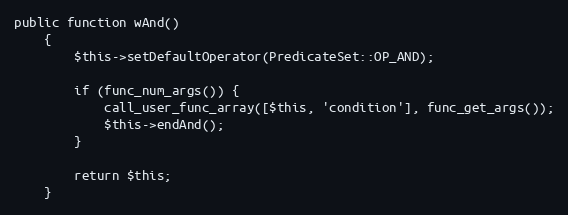
Language: PHP
public function wAnd()
    {
        $this->setDefaultOperator(PredicateSet::OP_AND);

        if (func_num_args()) {
            call_user_func_array([$this, 'condition'], func_get_args());
            $this->endAnd();
        }

        return $this;
    }